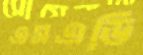
এসএডি